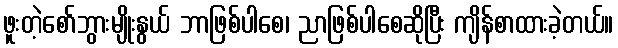
ဖူးတဲ့စော်ဘွားမျိုးနွယ် ဘာဖြစ်ပါစေ၊ ညာဖြစ်ပါစေဆိုပြီး ကျိန်စာထားခဲ့တယ်။